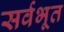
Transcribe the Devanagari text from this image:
सर्वभूत